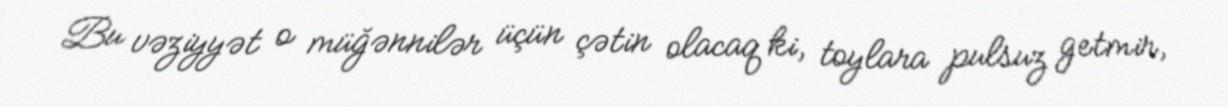
Bu vəziyyət o müğənnilər üçün çətin olacaq ki, toylara pulsuz getmir,